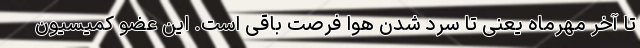
تا آخر مهرماه یعنی تا سرد شدن هوا فرصت باقی است. این عضو کمیسیون